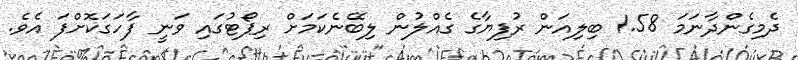
ދެމިގެންދާނަމަ 1.58 ބިލިއަން ރުފިޔާގެ ގެއްލުން ލިބޭނެކަމަށް ރިޕޯޓުގައި ވަނީ ފާހަގަކޮށްފަ އެވެ.